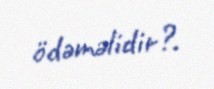
ödəməlidir?.